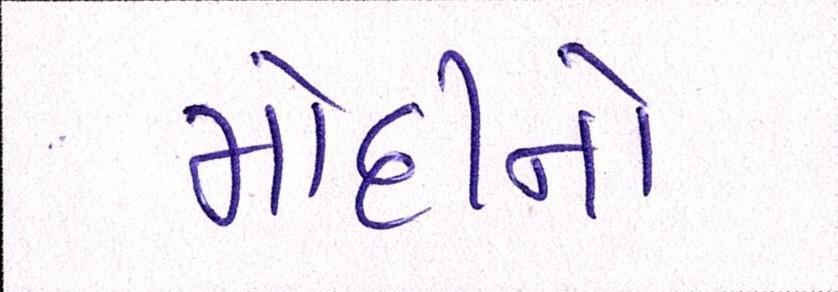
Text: મોદીનો